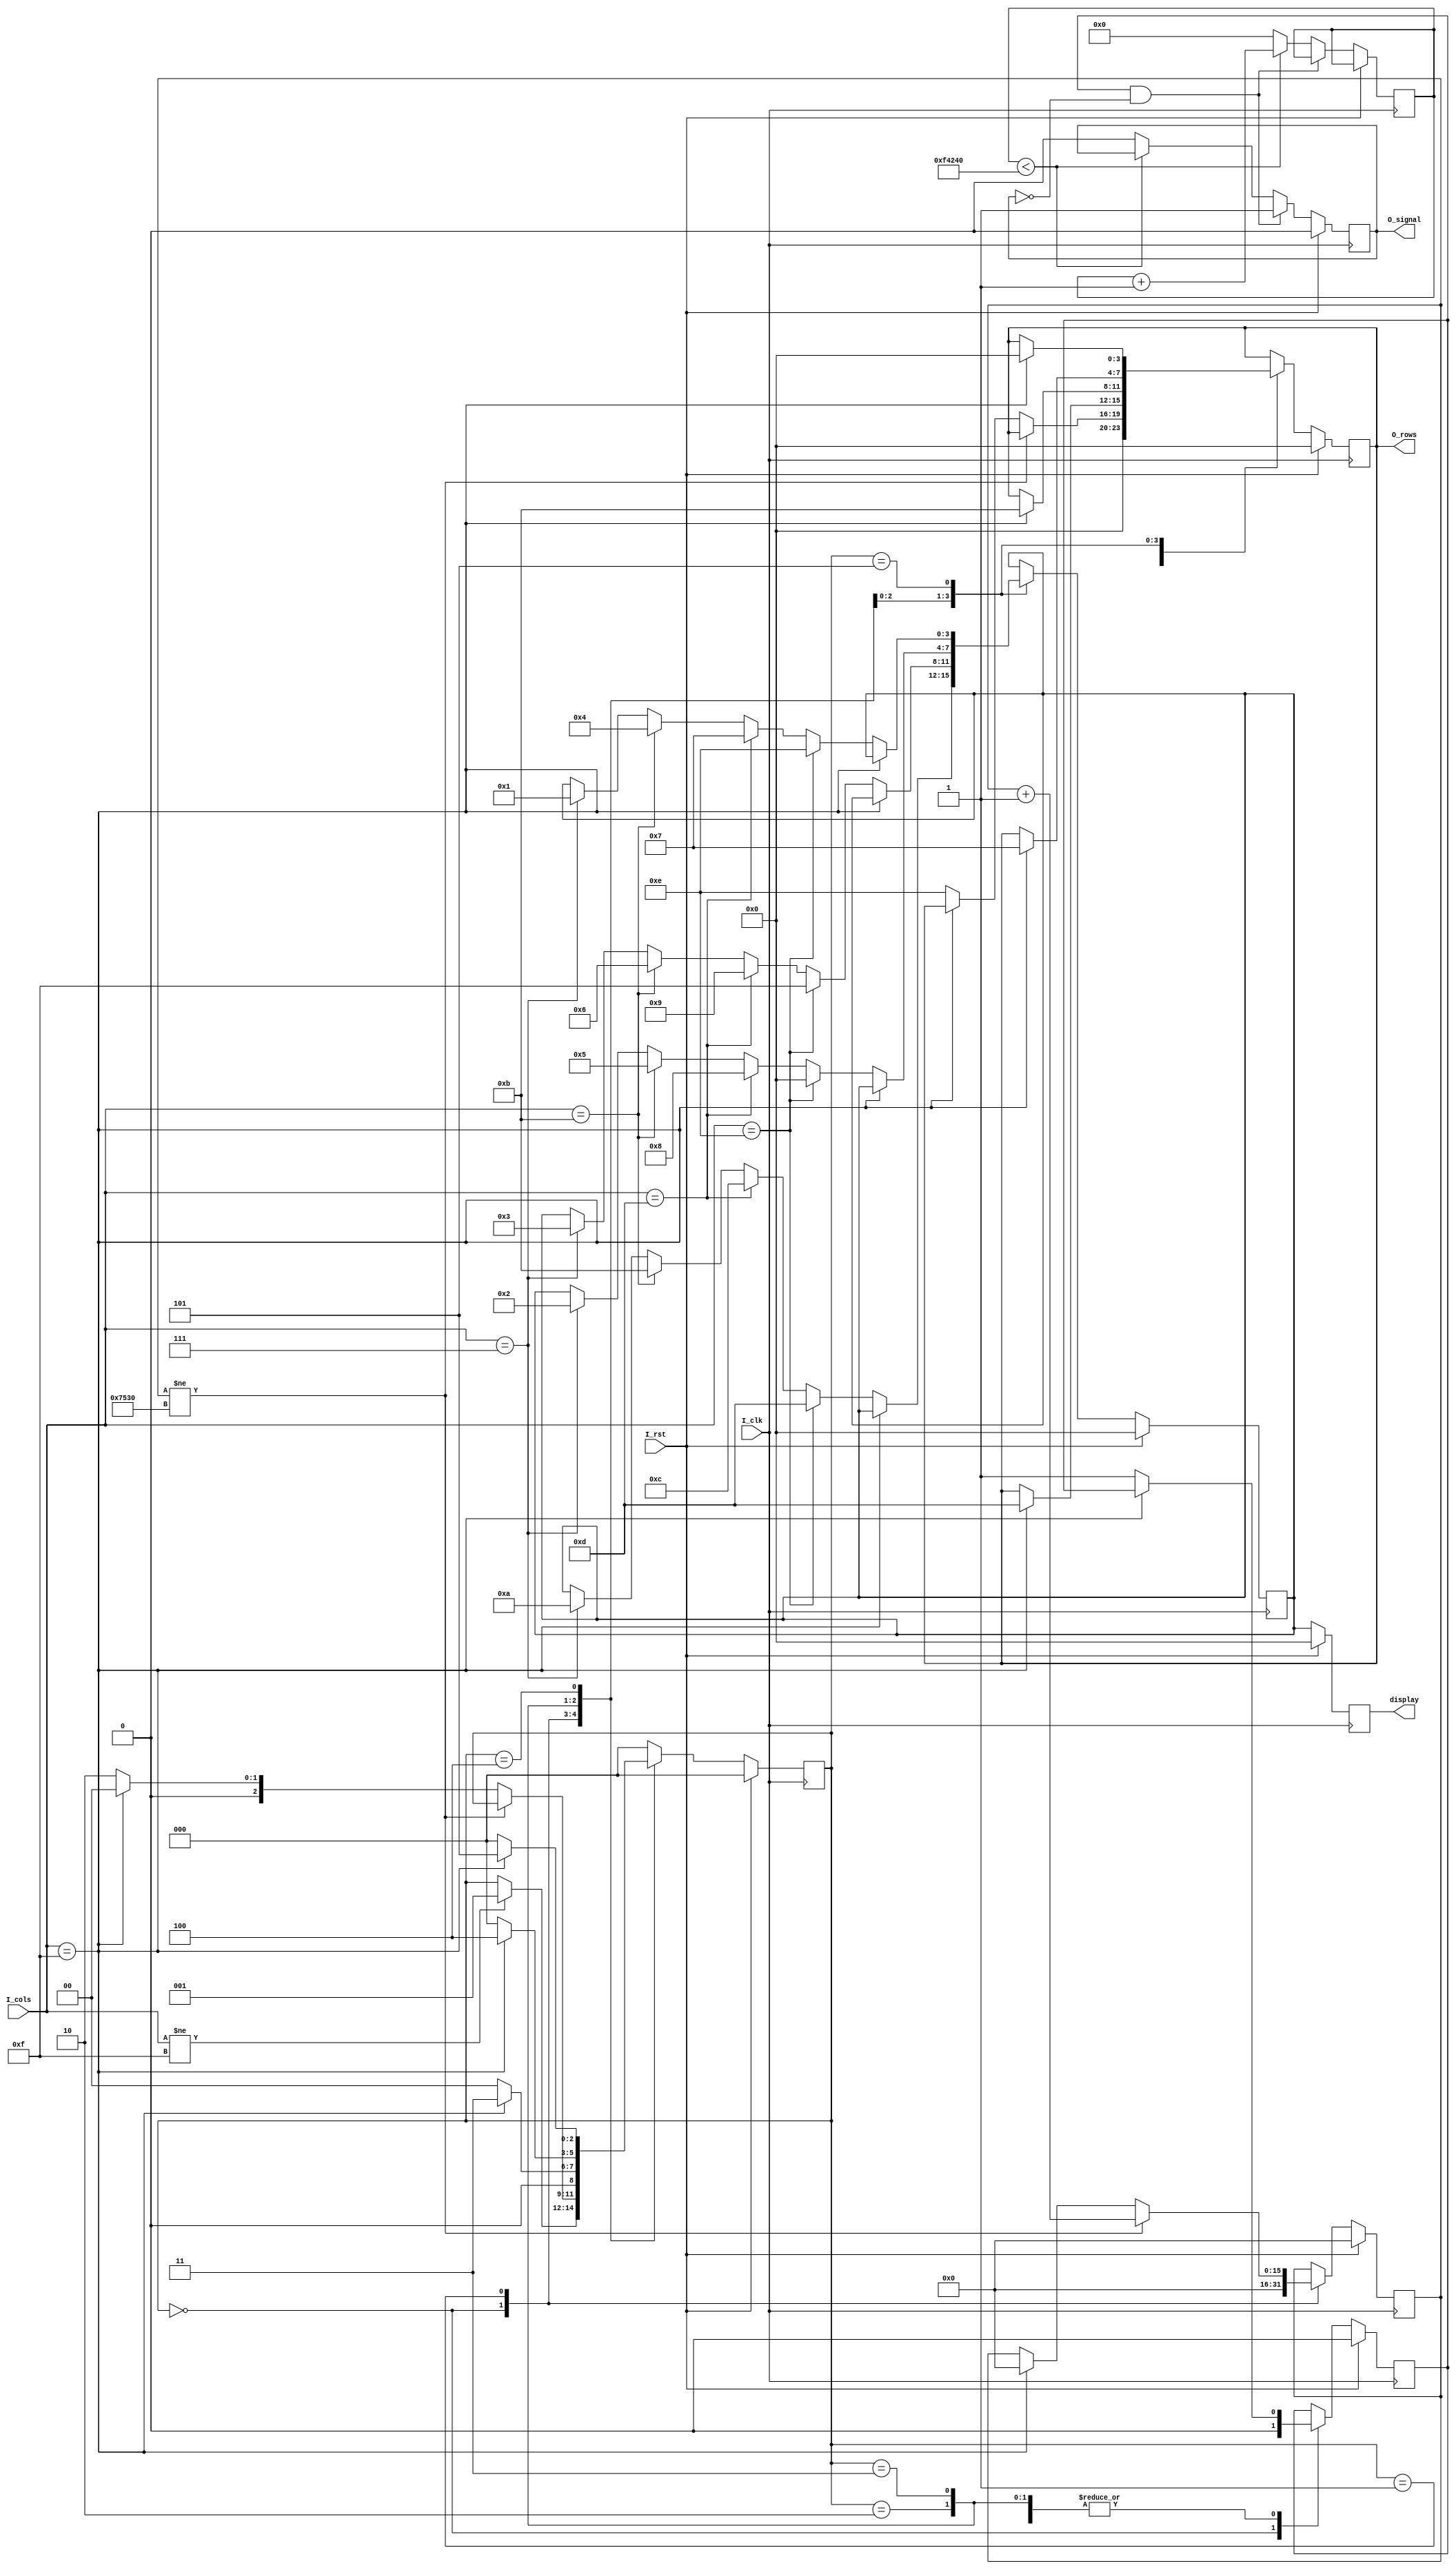
`timescale 1ns / 1ps

module keyboard (
  input I_clk,
  input I_rst,
  output reg [3:0] display,
  input [3:0] I_cols,
  output reg O_signal,
  output reg [3:0] O_rows
);
 

  parameter NO_KEY = 4'd0;
  parameter MIGHT_HAVE_KEY = 4'd1;
  parameter SCAN_ROW0 = 4'd2; 
  parameter SCAN_ROW1 = 4'd3;
  parameter SCAN_ROW2 = 4'd4; 
  parameter SCAN_ROW3 = 4'd5;
//  parameter YES_KEY = 4'd6;  
  // fsm
  reg[2:0] state;
  reg[15:0] count;
  reg led;
  reg[3:0] data;
  always @(posedge I_clk) begin
    if (I_rst) begin
      state <= NO_KEY;
//      O_YES_key <= 1'b0;
      O_rows <= 4'b0000;
      count <= 16'd0;
      data <= 4'h0;
      led <= 1'b0;
    end else begin
      case (state)
        NO_KEY:begin
          O_rows <= 4'h0;
          count <= 16'd0;
          led <= 1'b0;
          if(I_cols != 4'b1111)begin
            state <= MIGHT_HAVE_KEY;
          end
        end 
        MIGHT_HAVE_KEY:begin
          if(count != 30000)begin
            count <= count + 16'd1;  
          end else if(I_cols == 4'b1111) begin
            state <= NO_KEY;
            count <= 16'd0;
          end else begin
            O_rows <= 4'b1110;
            state <= SCAN_ROW0;
          end
        end
        SCAN_ROW0:begin
          if(I_cols == 4'b1111)begin 
            O_rows <= 4'b1101;
            state <= SCAN_ROW1;
          end 
          else begin
            state <= NO_KEY;
            led <= 1'b1;
            if(I_cols == 4'b1110)begin
              data <= 4'd13;
            end else if(I_cols == 4'b1101) begin
              data <= 4'd12;
            end else if(I_cols == 4'b1011) begin
              data <= 4'd11;
            end else if(I_cols == 4'b0111) begin
              data <= 4'd10;
            end
          end   
        end
        SCAN_ROW1:begin
          if(I_cols == 4'b1111)begin
            O_rows <= 4'b1011;
            state <= SCAN_ROW2;
          end else begin
            state <= NO_KEY;
            led <= 1'b1;
            if(I_cols == 4'b1110)begin
              data <= 4'd15;
            end else if(I_cols == 4'b1101) begin
              data <= 4'd9;
            end else if(I_cols == 4'b1011) begin
              data <= 4'd6;
            end else if(I_cols == 4'b0111) begin
              data <= 4'd3;
            end
          end           
        end
        SCAN_ROW2:begin
          if(I_cols == 4'b1111)begin
            O_rows <= 4'b0111;
            state <= SCAN_ROW3;
          end else begin
            state <= NO_KEY;
            led <= 1'b1;
            if(I_cols == 4'b1110)begin
              data <= 4'd0;
            end else if(I_cols == 4'b1101) begin
              data <= 4'd8;
            end else if(I_cols == 4'b1011) begin
              data <= 4'd5;
            end else if(I_cols == 4'b0111) begin
              data <= 4'd2;
          end          
        end
        end
        SCAN_ROW3:begin
          if(I_cols == 4'b1111)begin
            O_rows <= 4'b0000;
            state <= NO_KEY;
          end else begin
            state <= NO_KEY;
            led <= 1'b1;
            if(I_cols == 4'b1110)begin
              data <= 4'd14;
            end else if(I_cols == 4'b1101) begin
              data <= 4'd7;
            end else if(I_cols == 4'b1011) begin
              data <= 4'd4;
            end else if(I_cols == 4'b0111) begin
              data <= 4'd1;
            end
          end           
        end
                default: begin
                  state <= NO_KEY;
                end
          endcase
        end
      end
  reg [31:0] cnt;
  always @(posedge I_clk)begin
    if(I_rst) begin
      O_signal <= 4'b0;
    end 
    else if (led & O_signal != 1'b1)begin
      O_signal <= 1'b1;
    end
    else begin
      if (cnt < 1000000) cnt <= cnt + 1'b1;//10000000
      else begin
            cnt <= 1'b0;
            O_signal <= 1'b0;
        end
    end
  end

  always @(posedge I_clk)begin
      if(I_rst == 1'b1) begin
        display <=4'h0;
      end 
      else begin
        display <= data;
      end 
    end

endmodule